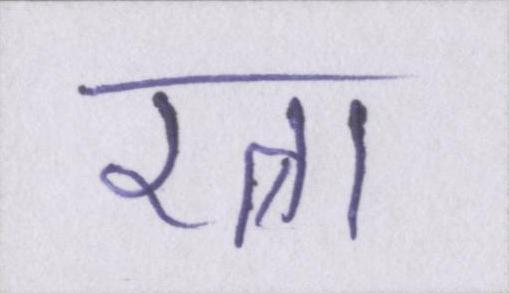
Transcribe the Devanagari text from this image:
रत्ना